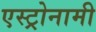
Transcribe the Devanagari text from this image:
एस्ट्रोनामी